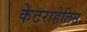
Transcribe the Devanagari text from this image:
केटराहेलिस